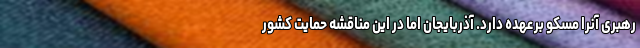
رهبری آنرا مسکو برعهده دارد. آذربایجان اما در این مناقشه حمایت کشور